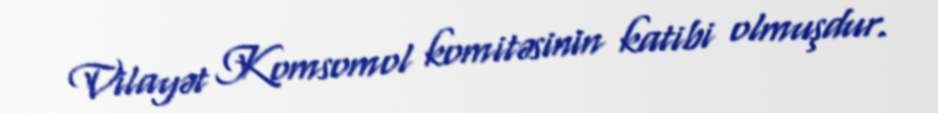
Vilayət Komsomol komitəsinin katibi olmuşdur.